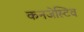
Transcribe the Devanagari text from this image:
कनजेस्टिव